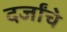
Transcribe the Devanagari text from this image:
दर्जांचे